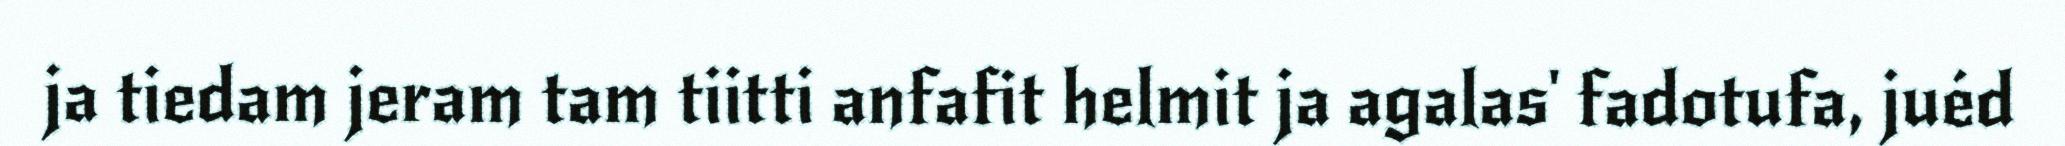
ja tiedam jeram tam tiitti anfafit helmit ja agalas' fadotufa, juéd